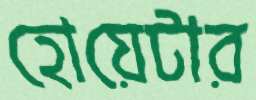
হোয়েটার